Civil Veterinary Dept. North-West Frontier Province 1933-46 - 1933-1946
Year: 1933
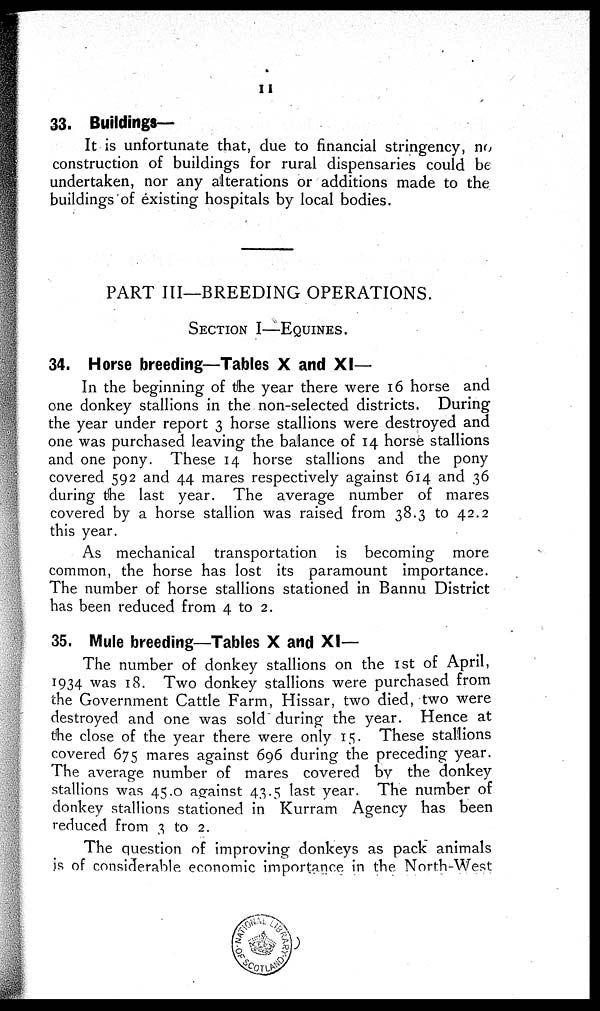
11
33. Buildings-
It is unfortunate that, due to financial stringency, no
construction of buildings for rural dispensaries could be
undertaken, nor any alterations or additions made to the
buildings of existing hospitals by local bodies.
PART III—BREEDING OPERATIONS.
SECTION I—EQUINES.
34. Horse breeding—Tables X and XI—
In the beginning of the year there were 16 horse and
one donkey stallions in the non-selected districts. During
the year under report 3 horse stallions were destroyed and
one was purchased leaving the balance of 14 horse stallions
and one pony. These 14 horse stallions and the pony
covered 592 and 44 mares respectively against 614 and 36
during the last year. The average number of mares
covered by a horse stallion was raised from 38.3 to 42.2
this year.
As mechanical transportation is becoming more
common, the horse has lost its paramount importance.
The number of horse stallions stationed in Bannu District
has been reduced from 4 to 2.
35. Mule breeding—Tables X and XI—
The number of donkey stallions on the 1st of April,
1934 was 18. Two donkey stallions were purchased from
the Government Cattle Farm, Hissar, two died, two were
destroyed and one was sold during the year. Hence at
the close of the year there were only 15. These stallions
covered 675 mares against 696 during the preceding year.
The average number of mares covered by the donkey
stallions was 45.0 against 43.5 last year. The number of
donkey stallions stationed in Kurram Agency has been
reduced from 3 to 2.
The question of improving donkeys as pack animals
is of considerable economic importance in the North-West